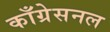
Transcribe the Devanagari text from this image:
काँग्रेसनल